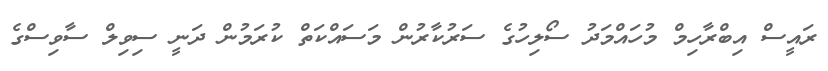
ރައީސް އިބްރާހިމް މުހައްމަދު ސޯލިހުގެ ސަރުކާރުން މަސައްކަތް ކުރަމުން ދަނީ ސިވިލް ސާވިސްގެ